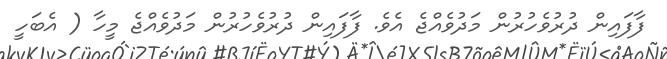
ފާފައިން ދުރުވެހުރުން މަދުވެއްޖެ އެވެ. ފާފައިން ދުރުވެހުރުން މަދުވެއްޖެ މީހާ ( އެބަހީ